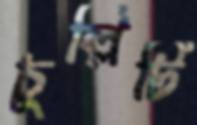
চুল্লিটি